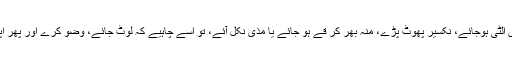
جس آدمی کو نماز میں الٹی ہوجائے، نکسیر پھوٹ پڑے، منہ بھر کر قے ہو جائے یا مذی نکل آئے، تو اسے چاہیے کہ لوٹ جائے، وضو کرے اور پھر اپنی نماز کی بنا کرے۔